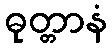
ဓုတ္တာနံ